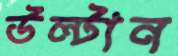
উল্‌টান